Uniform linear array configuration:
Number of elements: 8
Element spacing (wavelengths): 0.5
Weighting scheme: hamming
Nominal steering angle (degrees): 15
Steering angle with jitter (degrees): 14.38
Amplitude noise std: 0.05
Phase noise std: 0.05

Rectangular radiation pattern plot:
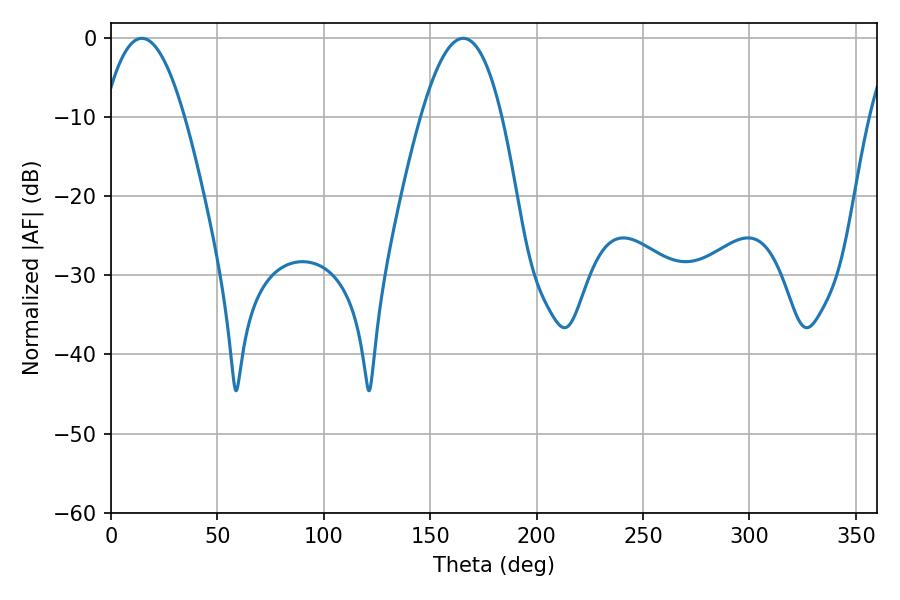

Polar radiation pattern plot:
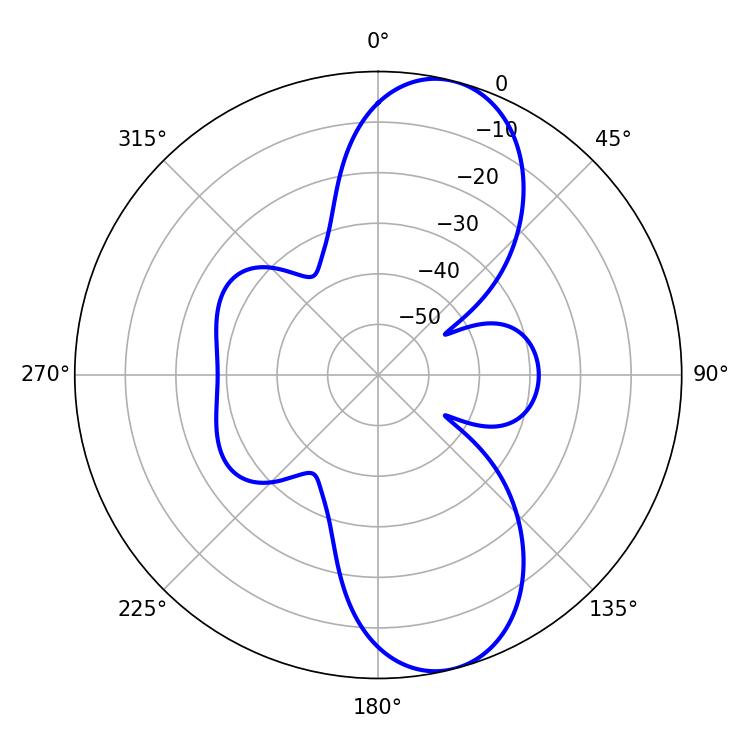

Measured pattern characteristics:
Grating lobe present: FALSE
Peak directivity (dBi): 10.014
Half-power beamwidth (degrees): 20.88
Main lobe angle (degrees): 14.58